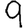
Digit: 9